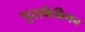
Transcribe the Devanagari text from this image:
पुराकैब्रियन